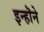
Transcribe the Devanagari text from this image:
इन्हॊने